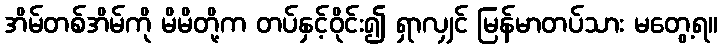
အိမ်တစ်အိမ်ကို မိမိတို့က တပ်နှင့်ဝိုင်း၍ ရှာလျှင် မြန်မာတပ်သား မတွေ့ရ။